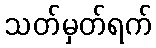
သတ်မှတ်ရက်